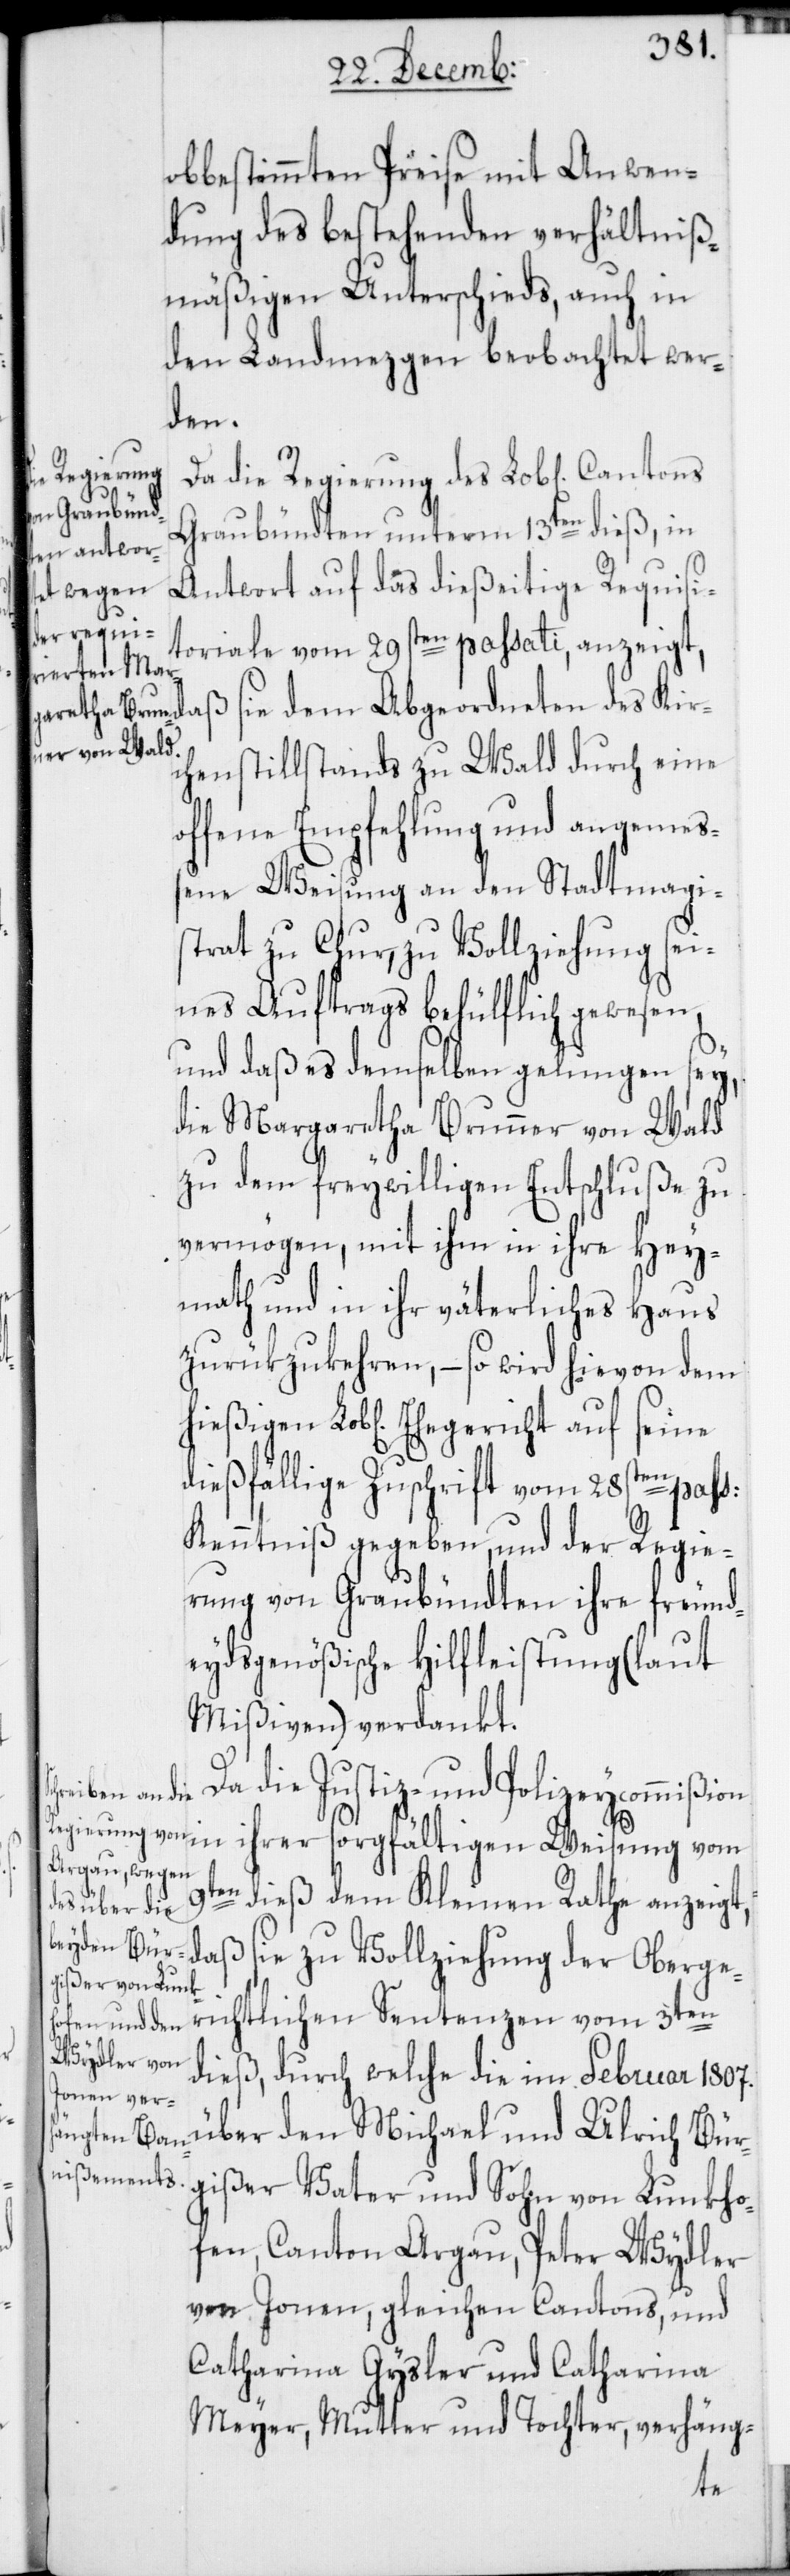
obbestimmten Preise mit Anwen¬
dung des bestehenden verhältniß¬
mäßigen Unterschieds, auch in
den Landmezgen beobachtet wer¬
den.
die Regierung
Graubündten unterm 13ten dieß, in
Antwort auf das dießeitige Requisi¬
richtlichen
toriale vom 29sten passati, anzeig¬
t, daß sie dem Abgeordneten des Kir¬
chenstillstands zu Wald durch eine
offene Empfehlung und angemeß¬
ene Weisung an den Stadtmagi¬
strath zu Chur, zu Vollziehung sei¬
nes Auftrags behülflich gewesen,
und daß es demselben gelungen sey,
die Margaretha Brunner von Wald
zu dem freywilligen Entschluße zu
vermögen, mit ihm in ihre Hey¬
math und in ihr väterliches Haus
zurükzukehren, – so wird hievon dem
dießfällige Zuschrift vom 28sten pas¬
Kenntniß gegeben, und der Regie¬
rung von Graubündten ihre freund¬
eydsgenößische Hilfleistung (laut
Mißiven) verdankt.
Da die Justiz- und Polizeycommißion
en dieß dem kleinen Rathe anzeigt,
daß sie zu Vollziehung der Oberge¬
dieß, durch welche die im Februar 1807.
über den Michael und Ulrich Bür¬
gißer, Vater und Sohn von Lunkho¬
fen, Cantons Argau, Peter Wydler
von Jonen, gleichen Cantons, und
Catharina Gysler und Catharina
Meyer, Mutter und Tochter, verhäng-
9t¬